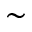
\sim